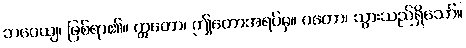
ဘဝေယျ၊ ဖြစ်ရာ၏။ ဣတော၊ ဤတောအရပ်မှ။ ဂတော၊ သွားသည်ရှိသော်။